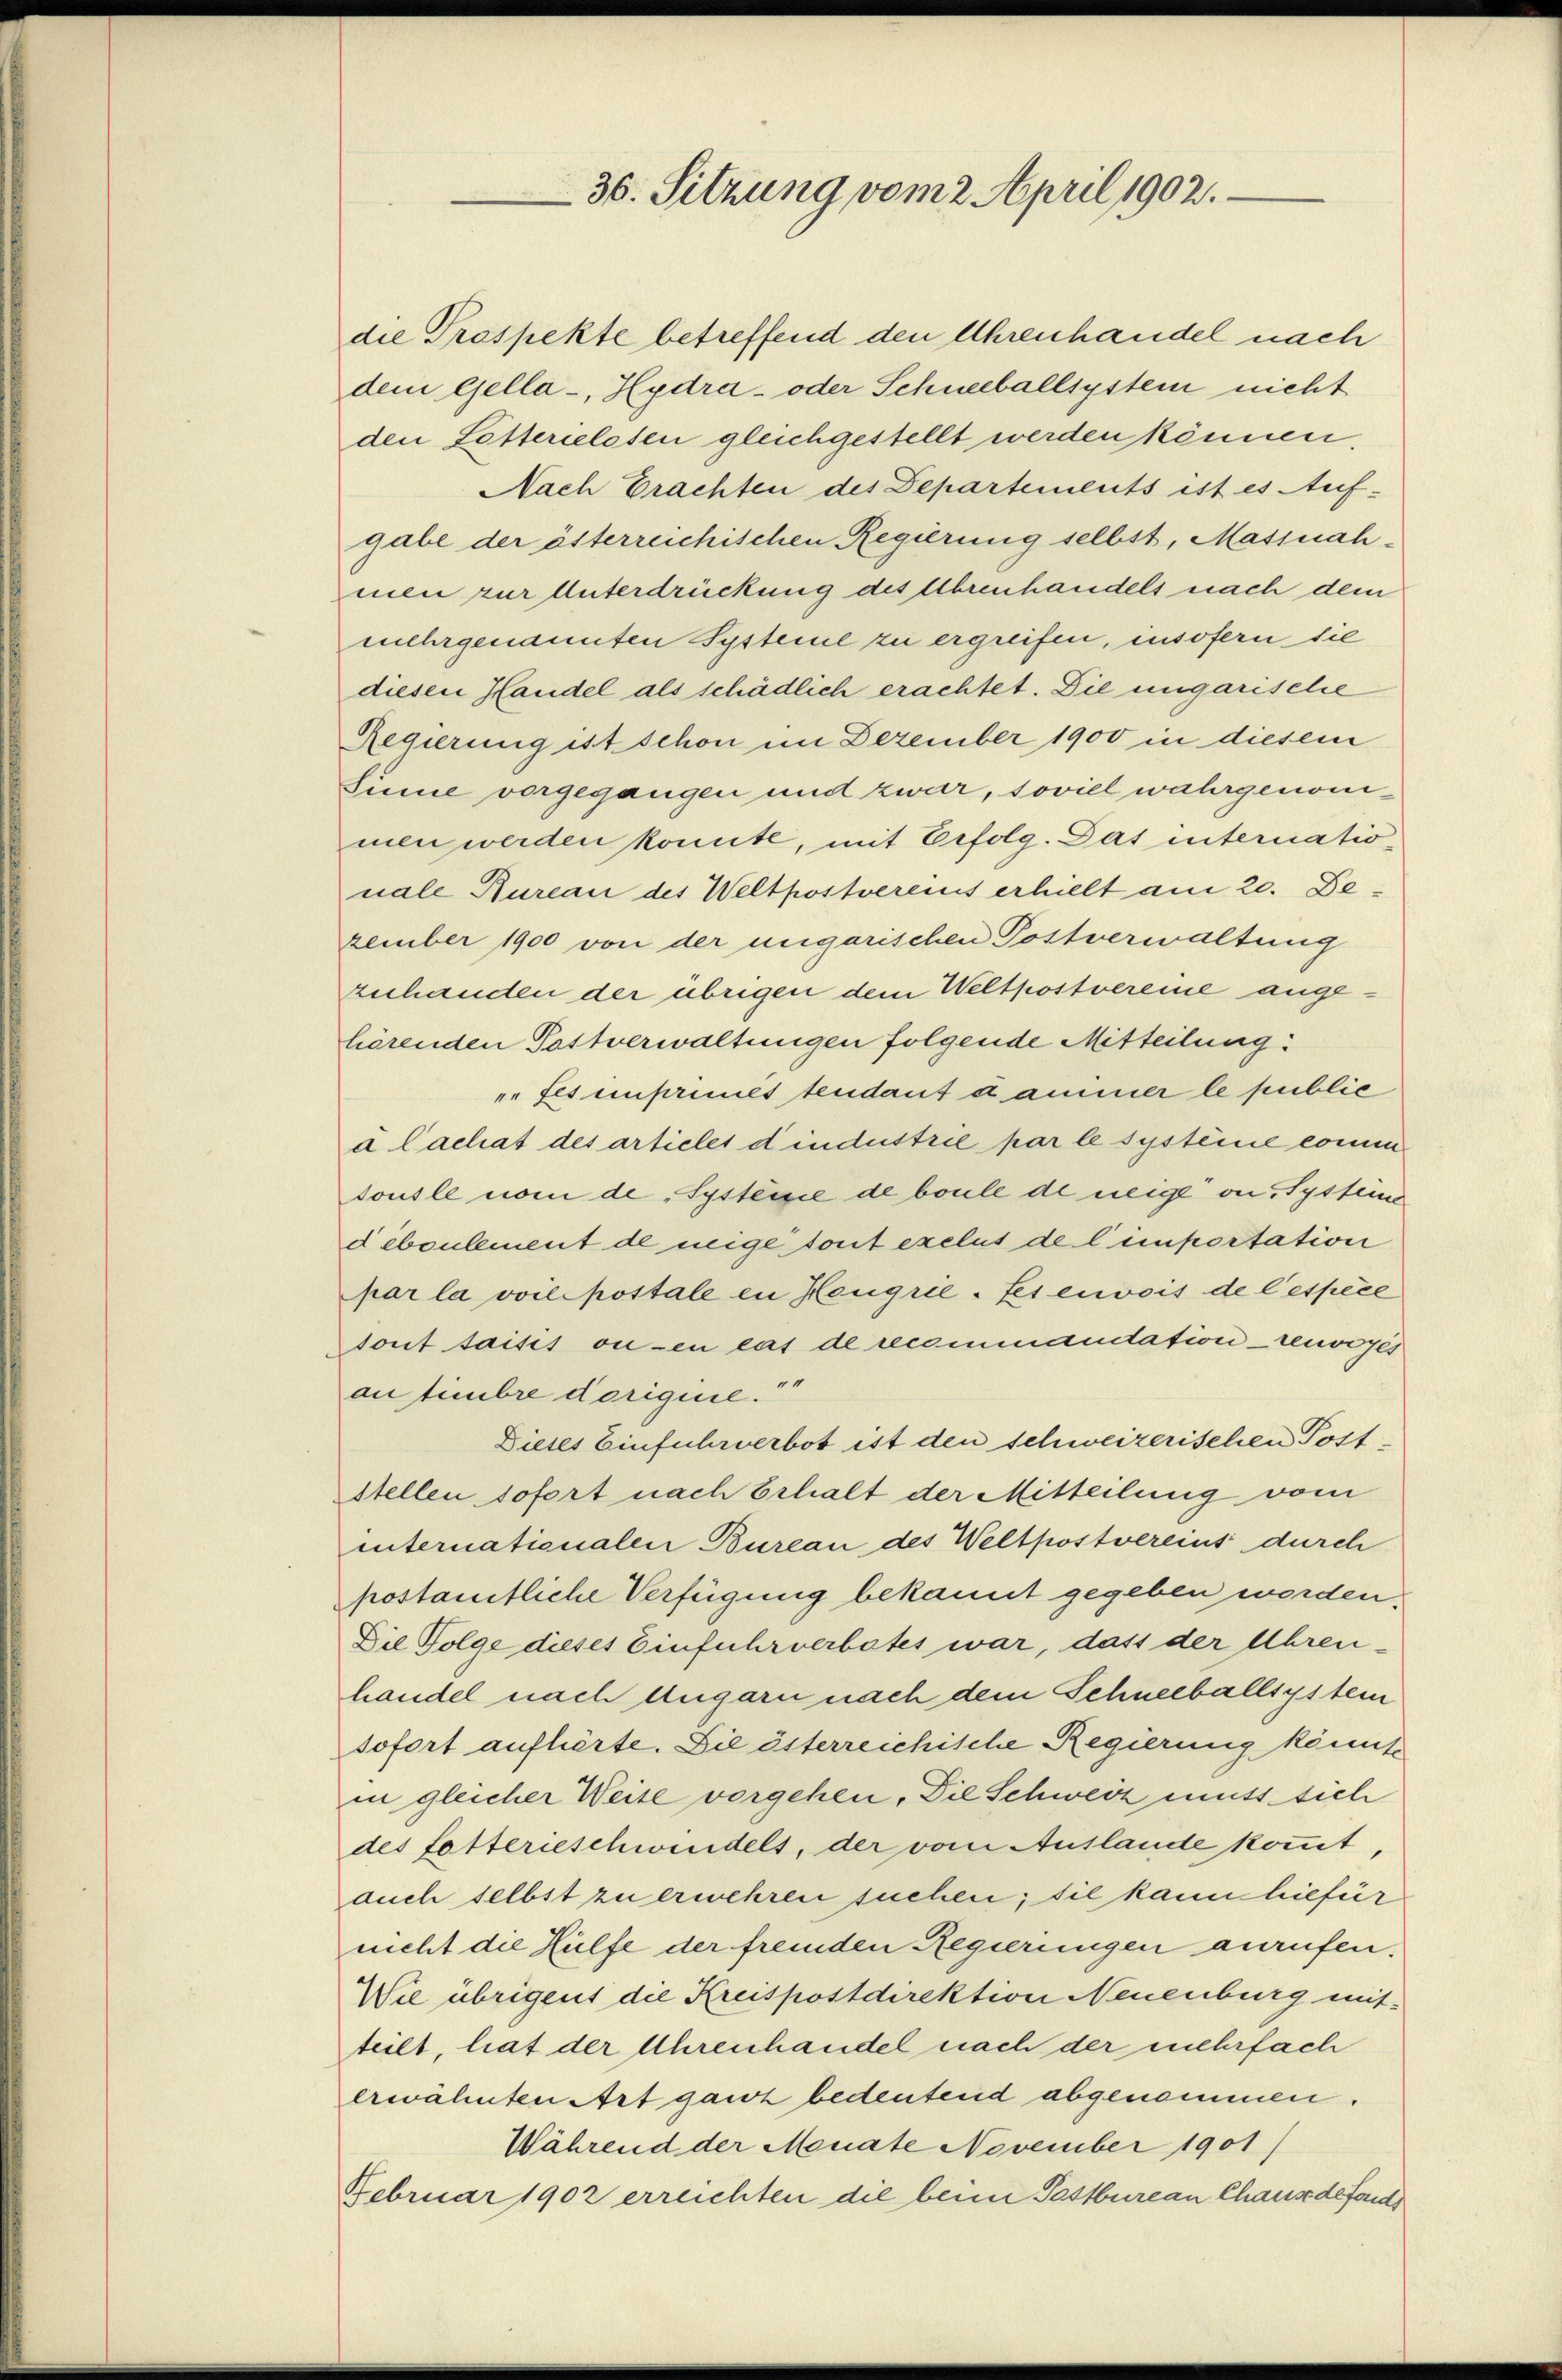
36. Sitzung vom 2. April 1902.

die Prospekte betreffend den Uhrenhandel nach
dem Gella-, Hydra- oder Schneeballsystem nicht
den Lösterielesen gleichgestellt werden können.
Nach Erachten des Departements ist es Auf-
gabe der österreichischen Regierung selbst, Massnahmen zur Unterdrückung des Uhrenhandels nach dem
mehrgenannten Systeme zu ergreifen, insofern sie
diesen Handel als schädlich erachtet. Die ungarische
Regierung ist schon im Dezember 1900 in diesem
Sinie vorgegangen und zwar, soviel wahrgenommen werden könnte, mit Erfolg. Das internationale Bureau des Weltpostvereins erhielt am 20. Dezember 1900 von der ungarischen Postverwaltung
zuhanden der übrigen dem Weltpostvereine angehörenden Postverwaltungen folgende Mitteilung:
fes imprimet tendant dammer le public
a lachat des articles dindustrie par le systeine comm
tous le nom de "Systeme de boule de neige an, Systein
deboulement de neige tout exclus de l’importation
par la voil postale in Heugriefes envois de l’espèce
tout saisit ou en cas de recommandation renvoges
au timbre dorigine.“
Dieses Einfuhrverbot ist den schweizerischen Poststellen sofort nach Erhalt der Mitteilung vom
internationalen Bureau des Weltpostvereins durch
postamtliche Verfügung bekannt gegeben werden,
Die Folge dieses Einfuhrverbotes war, dass der Uhren-
handel nach Ungarn nach dem Schneeballsystem
sofort aufhörte. Die österreichische Regierung könnte
in gleicher Weise vorgehen. Die Schweiz muss sich
des fetterieschwendels, der vom Auslande kommt,
auch selbst zu erwehren suchen; sie kann hiefür
nicht die Hülfe der fremden Regierungen anrufen.
Wie übrigent die Kreispostdirektion Neuenburg mitteilt, hat der Uhrenhandel nach der mehrfach
erwähnten Art ganz bedeutend abgenommen.
Während der Menate November 1901)
Februar 1902 erreichten die beim Pastbureau Chaus de fonds